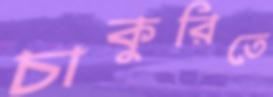
চাকুরিতে